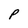
Character: P